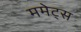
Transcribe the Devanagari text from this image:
ममेट्स